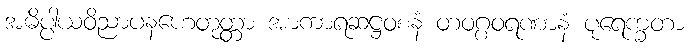
အဓိပ္ပါယဝိညာပနဟေတုတ္တာ အာကာရဆဋ္ဌဝစနံ တဝဂ္ဂဝရဏာနံ ပုရေက္ခတာ